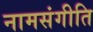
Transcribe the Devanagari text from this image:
नामसंगीति